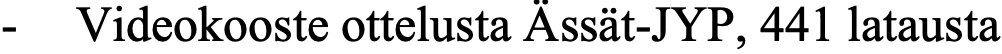
- Videokooste ottelusta Ässät-JYP, 441 latausta